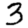
Digit: 3